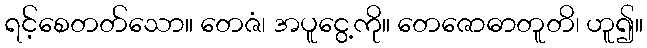
ရင့်စေတတ်သော။ တေဇံ၊ အပူငွေ့ကို။ တေဇောဓာတူတိ၊ ဟူ၍။